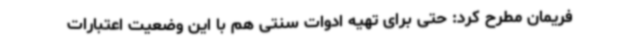
فریمان مطرح کرد: حتی برای تهیه ادوات سنتی هم با این وضعیت اعتبارات